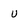
Character: u